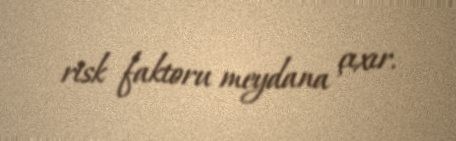
risk faktoru meydana çıxır.